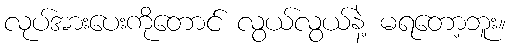
လုပ်အားပေးကိုတောင် လွယ်လွယ်နဲ့ မရတော့ဘူး။